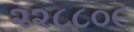
૨૨૮૮૦૯